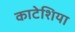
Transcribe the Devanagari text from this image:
काटेशिया